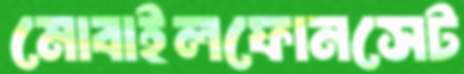
মোবাইলফোনসেট